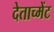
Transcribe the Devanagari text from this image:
देताच्मेंट